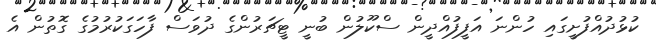
ކުޅުދުއްފުށީގައި ހުންނަ އަފީފުއްދީން ސްކޫލުން ބުނީ ޓީޗަރުންގެ ދުވަސް ފާހަގަކުރުމުގެ ގޮތުން އެ